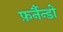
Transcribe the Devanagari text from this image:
फ़र्नैन्डो